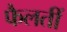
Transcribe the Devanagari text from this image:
फैलतीं